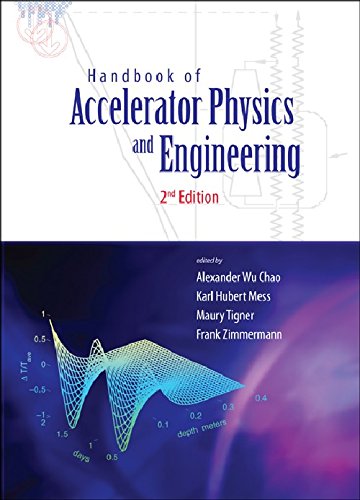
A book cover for Handbook of Accelerator Physics and Engineering: 2nd Edition; Alexander Wu Chao; Science & Math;